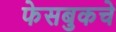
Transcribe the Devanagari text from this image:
फेसबुकचे